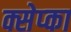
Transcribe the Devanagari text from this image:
क्सेप्का